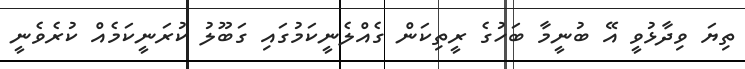
ތިޔަ ވިދާޅުވީ އޭ ބުނީމާ ބަހުގެ ރީތިކަން ގެއްލެނީކަމުގައި ގަބޫލު ކުރަނީކަމެއް ކުރެވެނީ